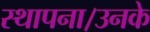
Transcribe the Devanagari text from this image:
स्थापना।उनके